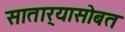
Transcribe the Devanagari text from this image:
सातार्‍यासोबत